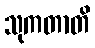
သုကတာတိ